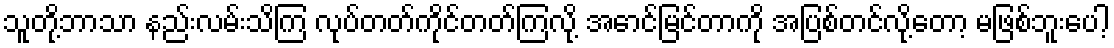
သူတို့ဘာသာ နည်းလမ်းသိကြ လုပ်တတ်ကိုင်တတ်ကြလို့ အောင်မြင်တာကို အပြစ်တင်လို့တော့ မဖြစ်ဘူးပေါ့